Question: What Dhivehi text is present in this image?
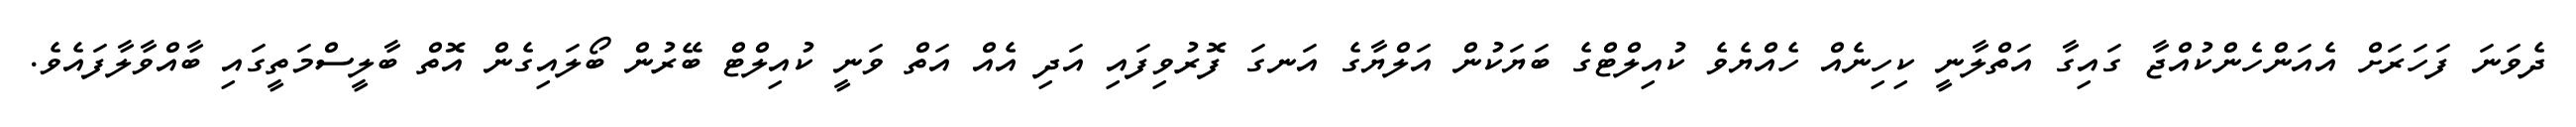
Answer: ދެވަނަ ފަހަރަށް އެއަންހެންކުއްޖާ ގައިގާ އަތްލާނީ ކިހިނެއް ހެއްޔެވެ ކުއިލްޓްގެ ބަޔަކުން އަލްޔާގެ އަނގަ ފޮރުވިފައި އަދި އެއް އަތް ވަނީ ކުއިލްޓް ބޭރުން ބޯލައިގެން އޮތް ބާލީސްމަތީގައި ބާއްވާލާފައެވެ.